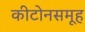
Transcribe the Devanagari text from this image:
कीटोनसमूह